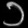
Digit: ၁